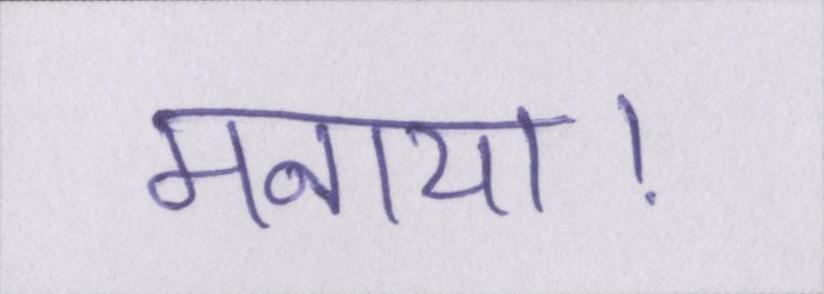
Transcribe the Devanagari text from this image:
मनाया।